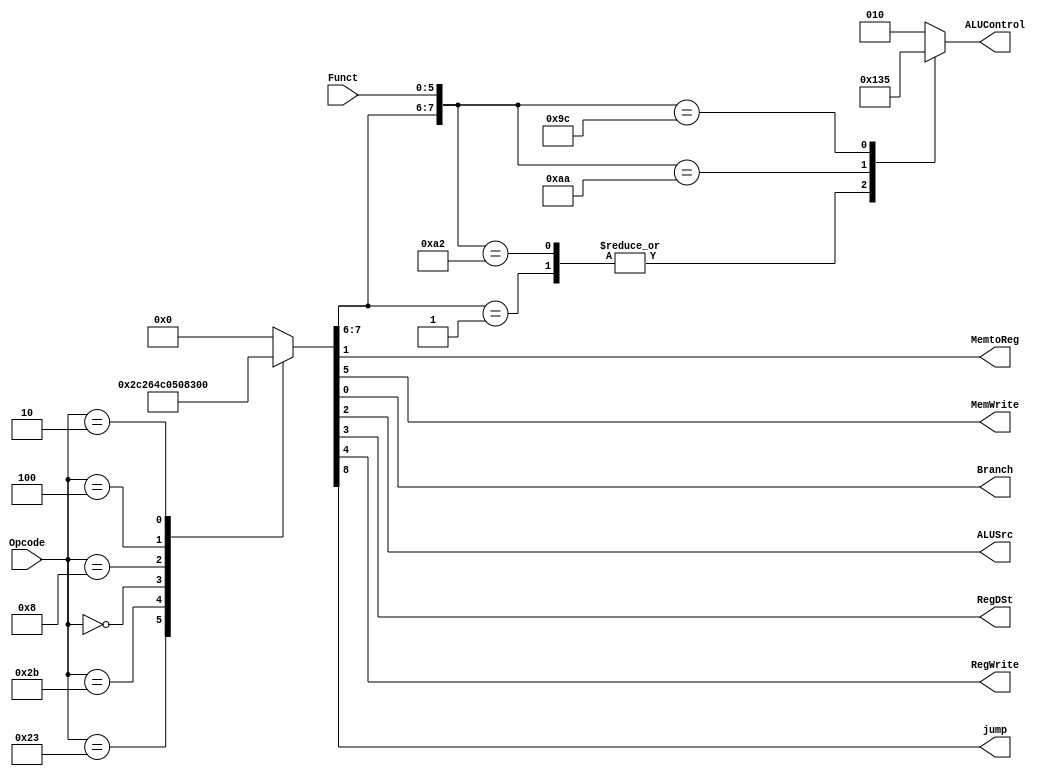
module CU(
    input wire [5:0] Opcode,
    input wire [5:0] Funct,
    output reg MemtoReg,MemWrite,Branch,
    output reg ALUSrc,RegDSt,RegWrite,jump,
    output reg [2:0] ALUControl
);
    reg[1:0] ALUOp;
    always@(*)
        begin
            case (Opcode)
                6'b100011:{jump,ALUOp,MemWrite,RegWrite,RegDSt,ALUSrc,MemtoReg,Branch}=9'b000010110;
                6'b101011:{jump,ALUOp,MemWrite,RegWrite,RegDSt,ALUSrc,MemtoReg,Branch}=9'b000100110;
                6'b000000:{jump,ALUOp,MemWrite,RegWrite,RegDSt,ALUSrc,MemtoReg,Branch}=9'b010011000;
                6'b001000:{jump,ALUOp,MemWrite,RegWrite,RegDSt,ALUSrc,MemtoReg,Branch}=9'b000010100;
                6'b000100:{jump,ALUOp,MemWrite,RegWrite,RegDSt,ALUSrc,MemtoReg,Branch}=9'b001000001;
                6'b000010:{jump,ALUOp,MemWrite,RegWrite,RegDSt,ALUSrc,MemtoReg,Branch}=9'b100000000;
                default: {jump,ALUOp,MemWrite,RegWrite,RegDSt,ALUSrc,MemtoReg,Branch}=9'b000000000;
            endcase
    
        
            casex ({ALUOp,Funct})
                8'b00??????: ALUControl = 3'b010;
                8'b01??????: ALUControl = 3'b100;
                8'b10100000:ALUControl = 3'b010;
                8'b10100010:ALUControl = 3'b100;
                8'b10101010:ALUControl = 3'b110;
                8'b10011100:ALUControl = 3'b101;
    
                default:ALUControl = 3'b010; 
            endcase
        end
    
endmodule